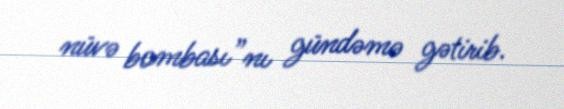
nüvə bombası”nı gündəmə gətirib.